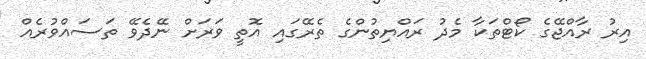
އިރު ރާއްޖޭގެ ކޯޓްތަކާ މެދު ރައްޔިތުންގެ ތެރޭގައި އޮތީ ވަރަށް ނޭދެވޭ ތަސައްވުރެއް